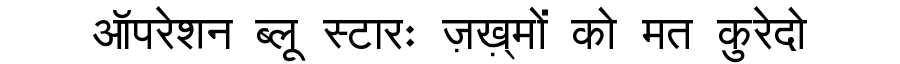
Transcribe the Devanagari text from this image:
ऑपरेशन ब्लू स्टारः ज़ख़्मों को मत कुरेदो